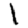
Digit: 1